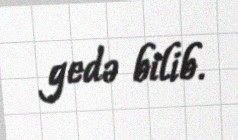
gedə bilib.